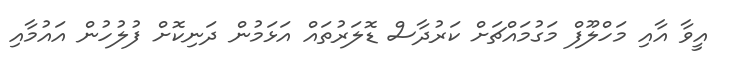
އީވާ އާއި މަހްލޫފް މަގުމައްޗަށް ކަރުދާސް ޑޮލަރުތައް އަޅަމުން ދަނިކޮށް ފުލުހުން އައުމާއި